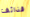
قذائف